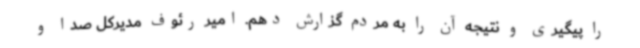
را پیگیری و نتیجه آن را به مردم گزارش دهم. امیر رئوف مدیرکل صدا و